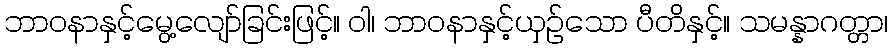
ဘာဝနာနှင့်မွေ့လျော်ခြင်းဖြင့်။ ဝါ၊ ဘာဝနာနှင့်ယှဉ်သော ပီတိနှင့်။ သမန္နာဂတ္တာ၊